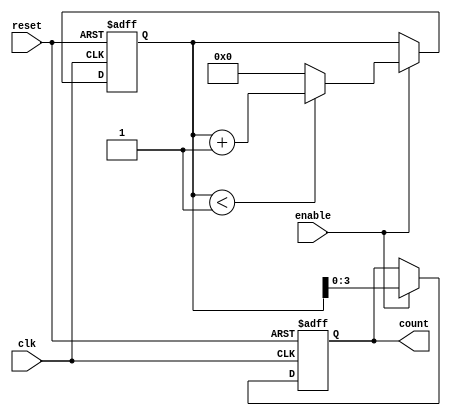
module mixed_radix_counter #(
    parameter STAGE_COUNT = 4,                // Number of stages
    parameter [STAGE_COUNT*8-1:0] RADIXES = {2, 3, 5, 10}, // Radix values for each stage
    parameter [STAGE_COUNT*8-1:0] MAX_COUNTS = {1, 2, 4, 9} // Maximum counts for each stage
)(
    input wire clk,                            // Clock input
    input wire reset,                          // Reset input
    input wire enable,                         // Enable input
    output reg [STAGE_COUNT-1:0] count        // Output count
);

    // Internal registers for each stage
    reg [7:0] stage_count [0:STAGE_COUNT-1];
    wire [7:0] next_stage_count [0:STAGE_COUNT-1];

    // Initialize stage counters
    integer i;
    always @(posedge clk or posedge reset) begin
        if (reset) begin
            for (i = 0; i < STAGE_COUNT; i = i + 1) begin
                stage_count[i] <= 0;
            end
            count <= 0;
        end else if (enable) begin
            // Process each stage
            for (i = 0; i < STAGE_COUNT; i = i + 1) begin
                if (i == 0) begin
                    // First stage counts normally
                    if (stage_count[i] < MAX_COUNTS[i]) begin
                        stage_count[i] <= stage_count[i] + 1;
                    end else begin
                        stage_count[i] <= 0; // Reset this stage
                        if (i < STAGE_COUNT - 1) begin
                            stage_count[i + 1] <= stage_count[i + 1] + 1; // Carry to next stage
                        end
                    end
                end else begin
                    // Subsequent stages handle carry
                    if (stage_count[i] < MAX_COUNTS[i]) begin
                        // If this stage is not at max, do nothing
                    end else begin
                        stage_count[i] <= 0; // Reset this stage
                        if (i < STAGE_COUNT - 1) begin
                            stage_count[i + 1] <= stage_count[i + 1] + 1; // Carry to next stage
                        end
                    end
                end
            end
            // Update output count
            count <= {stage_count[STAGE_COUNT-1], stage_count[STAGE_COUNT-2], 
                       stage_count[STAGE_COUNT-3], stage_count[STAGE_COUNT-4]};
        end
    end

endmodule